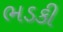
ભડકી